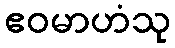
ဧဝမာဟံသု